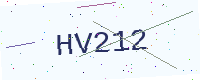
Text: HV212